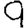
Digit: 9